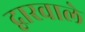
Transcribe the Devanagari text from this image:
द्वारवाले